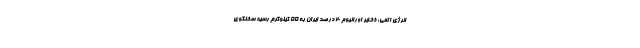
انرژی اتمی: ذخایر اورانیوم ۲۰ درصد ایران به ۵۵ کیلوگرم رسید سخنگوی